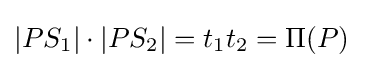
|PS_{1}|\cdot |PS_{2}|=t_{1}t_{2}=\Pi (P)\